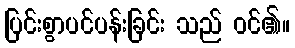
ပြင်းစွာပင်ပန်းခြင်း သည် ဝင်၏။